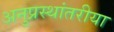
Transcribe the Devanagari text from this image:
अनुप्रस्थांतरीया